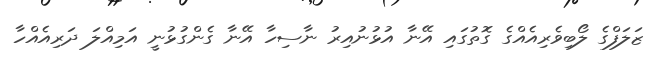
ޒަލަފްގެ ލޯބިވެރިއެއްގެ ގޮތުގައި އޭނާ އުޅުނުއިރު ނާސިހާ އޭނާ ގެންގުޅުނީ އަމިއްލަ ދަރިއެއްހާ